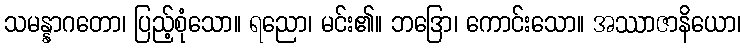
သမန္နာဂတော၊ ပြည့်စုံသော။ ရညော၊ မင်း၏။ ဘဒြော၊ ကောင်းသော။ အဿာဇာနိယော၊